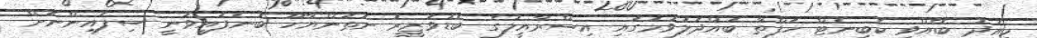
މިއަދު ބޭއްވި ކެބިނެޓް ހަފްތާ ބައްދަލުވުމުގައި އިސްރާއީލުގެ ބޮޑުވަޒީރު ނަތަންޔާހޫ ބުނެފައިވަނީ ސިފައިންނަށް